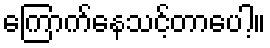
ကြောက်နေသင့်တာပေါ့။